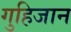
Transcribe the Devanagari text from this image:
गुहिजान